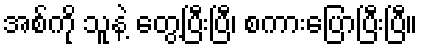
အစ်ကို သူနဲ့ တွေ့ပြီးပြီ၊ စကားပြောပြီးပြီ။